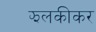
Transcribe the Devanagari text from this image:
झलकीकर